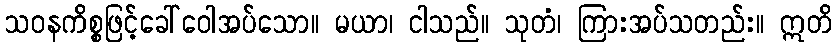
သဝနကိစ္စဖြင့်ခေါ်ဝေါအပ်သော။ မယာ၊ ငါသည်။ သုတံ၊ ကြားအပ်သတည်း။ ဣတိ